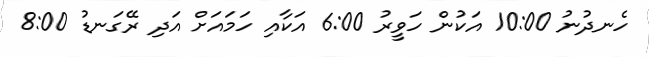
ހެނދުނު 10:00 އަކުން ހަވީރު 6:00 އަކާއި ހަމައަށް އަދި ރޭގަނޑު 8:00